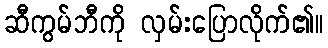
ဆီကွမ်ဘီကို လှမ်းပြောလိုက်၏။